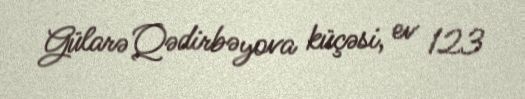
Gülarə Qədirbəyova küçəsi, ev 123